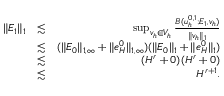
\begin{array} { r l r } { \| E _ { 1 } \| _ { 1 } } & { \lesssim } & { \operatorname* { s u p } _ { v _ { h } \in V _ { h } } \frac { B ( u _ { h } ^ { 0 , 1 } ; E _ { 1 } , v _ { h } ) } { \| v _ { h } \| _ { 1 } } } \\ & { \lesssim } & { ( \| E _ { 0 } \| _ { 1 , \infty } + \| e _ { H } ^ { 0 } \| _ { 1 , \infty } ) ( \| E _ { 0 } \| _ { 1 } + \| e _ { H } ^ { 0 } \| _ { 1 } ) } \\ & { \lesssim } & { ( H ^ { r } + 0 ) ( H ^ { r } + 0 ) } \\ & { \lesssim } & { H ^ { r + 1 } . } \end{array}